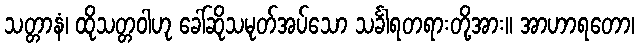
သတ္တာနံ၊ ထိုသတ္တဝါဟု ခေါ်ဆိုသမုတ်အပ်သော သင်္ခါရတရားတို့အား။ အာဟာရတော၊